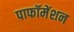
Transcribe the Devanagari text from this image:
पाफॉमेंशन